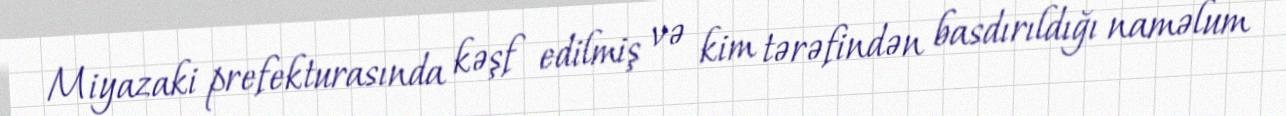
Miyazaki prefekturasında kəşf edilmiş və kim tərəfindən basdırıldığı naməlum